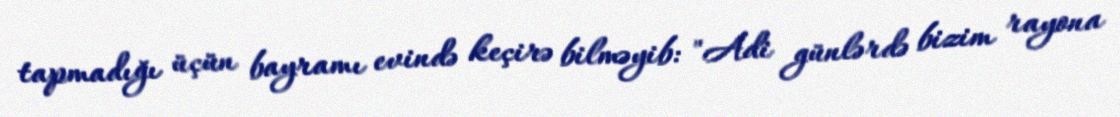
tapmadığı üçün bayramı evində keçirə bilməyib: "Adi günlərdə bizim rayona